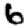
Digit: 6